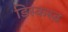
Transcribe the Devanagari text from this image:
डिस्कस्ड